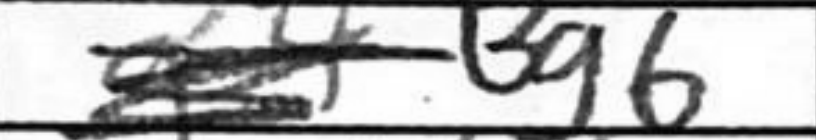
Transcription: Bg6